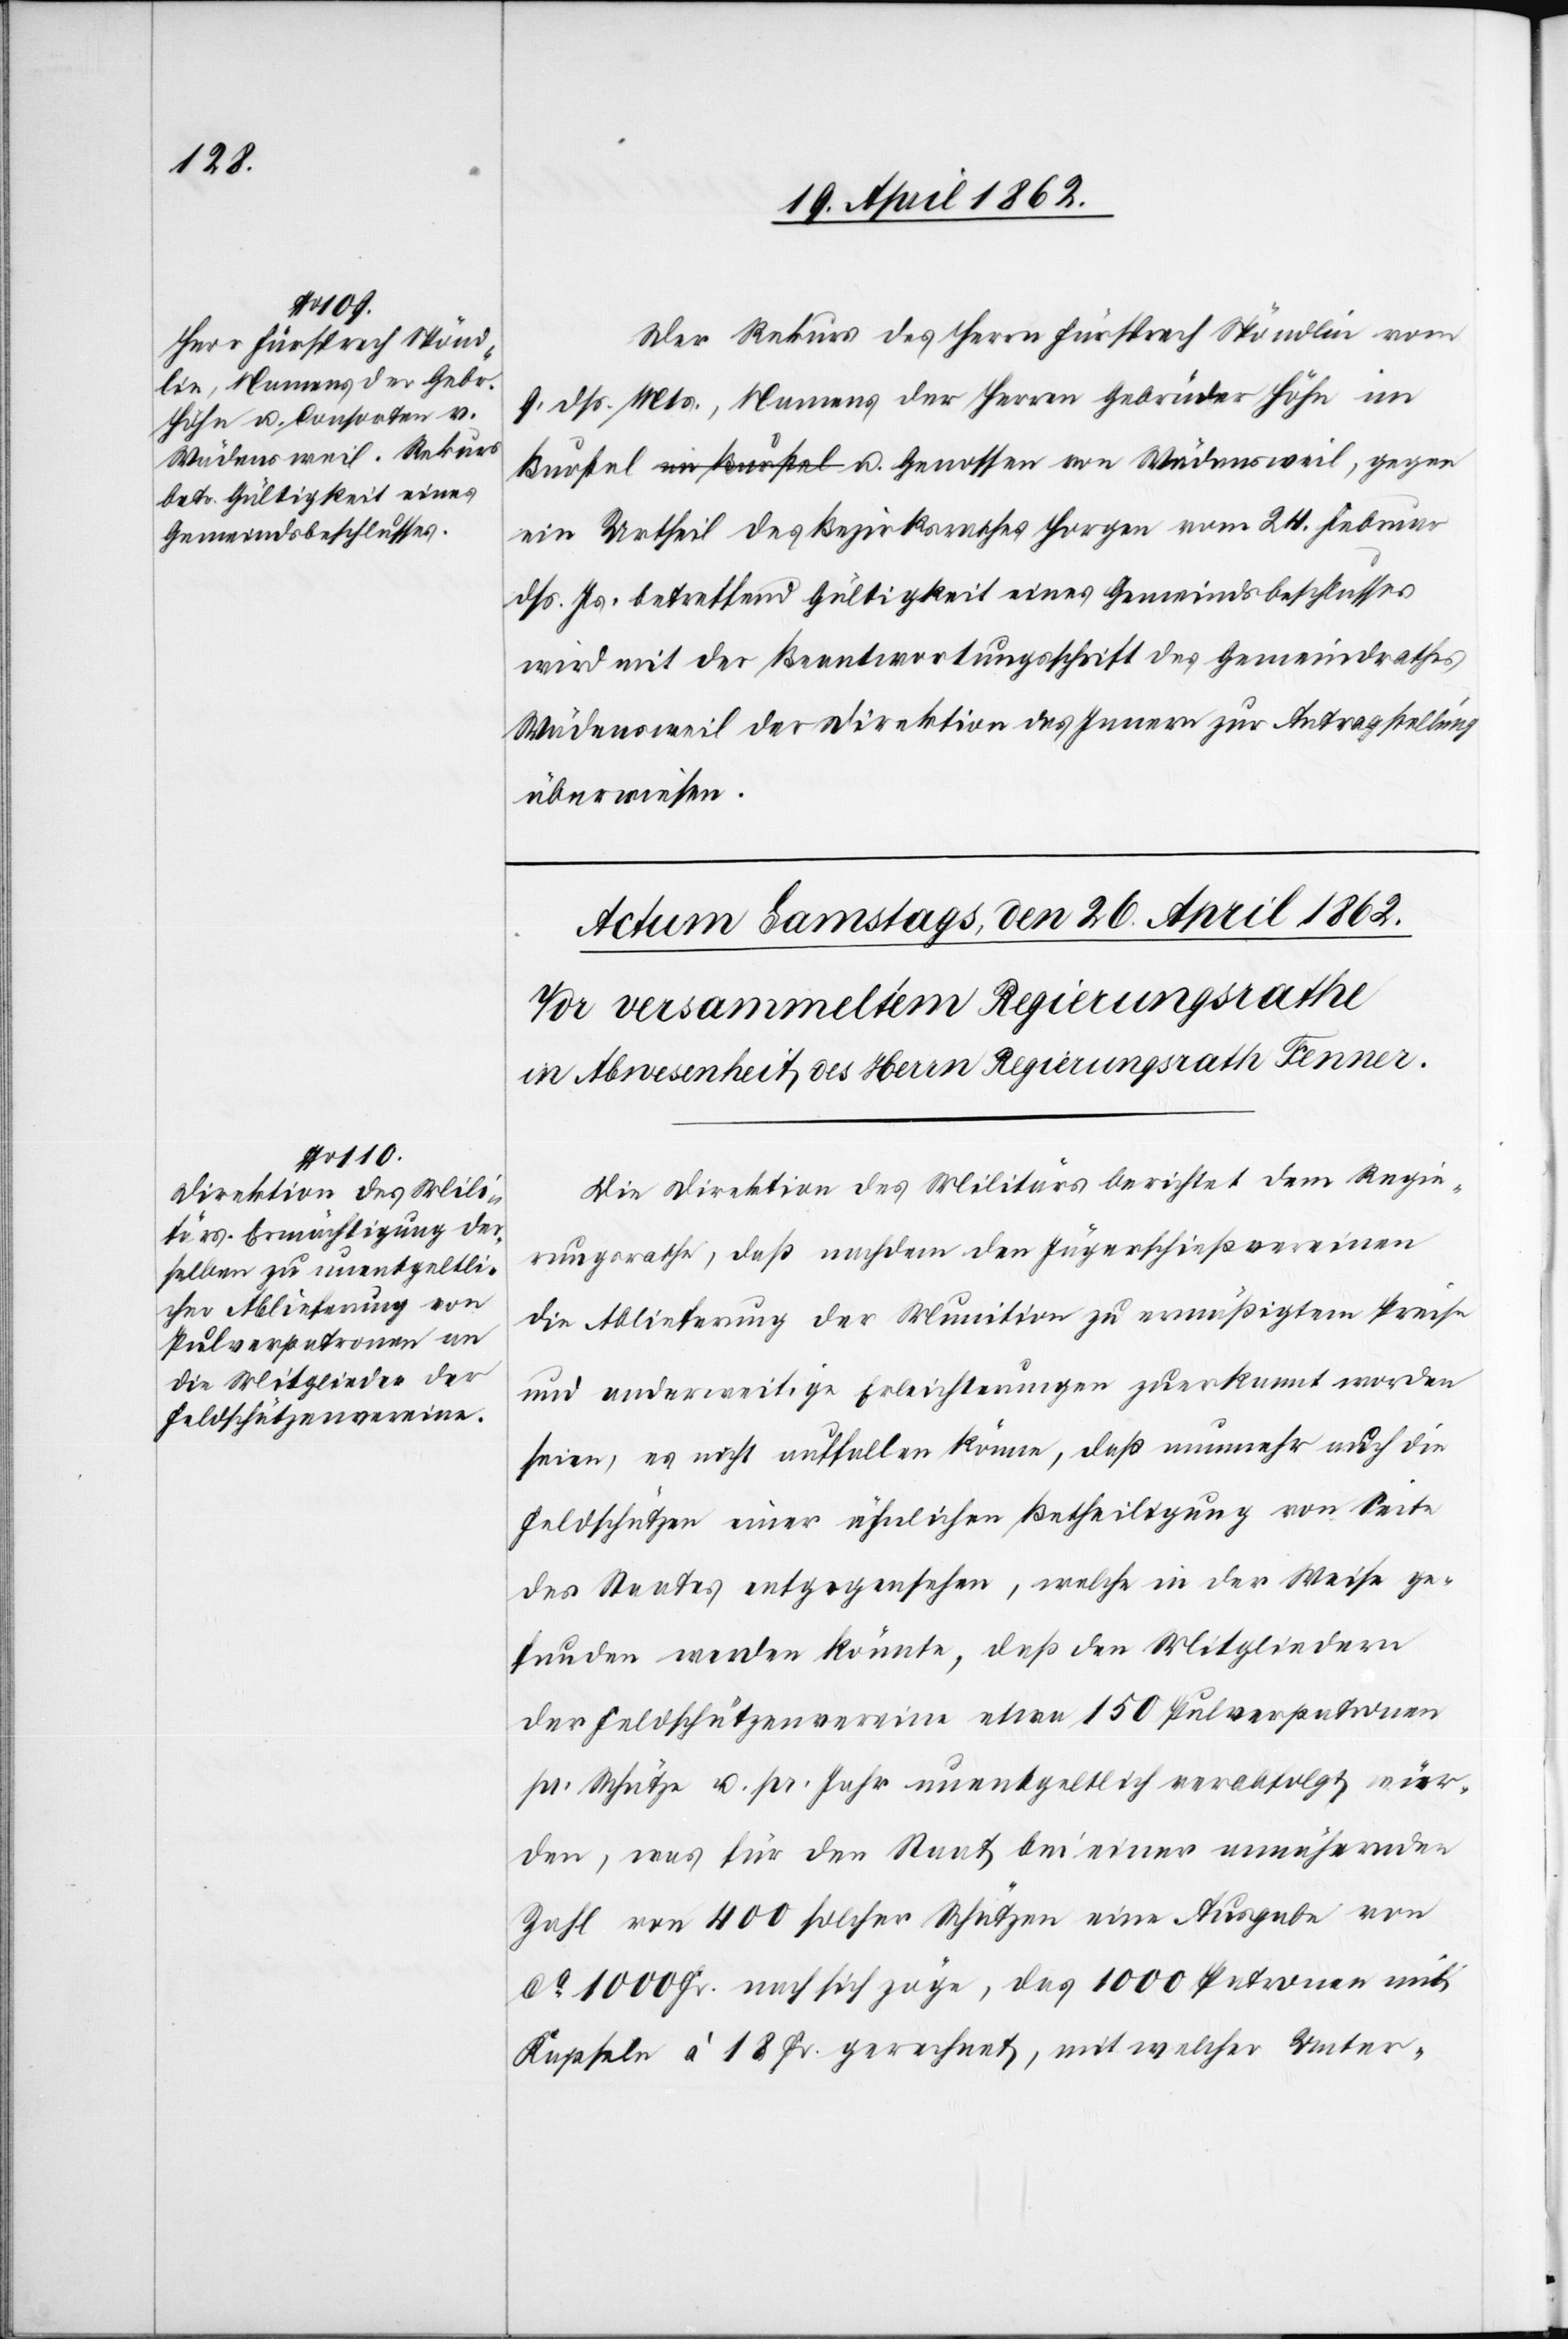
25. April 1862.]
Der Rekurs des Herrn Fürsprech Spöndlin vom
9. dß. Mts., Namens der Herren Gebrüder Höhn im
ein Urheil des Bezirksrathes Horgen vom 24. Februar
dß. Js. betreffend Gültigkeit eines Gemeindsbeschlusses
wird mit der Beantwortungsschrift des Gemeindrathes
Wädensweil der Direktion des Innern zur Antragstellung
überwiesen.
Die Direktion des Militärs berichtet dem Regie¬
rungsrathe, daß nachdem den Jägerschießvereinen
die Ablieferung der Munition zu ermäßigtem Preise
und anderweitige Erleichterungen zuerkannt worden
seien, es nicht auffallen könne, daß nunmehr auch die
Feldschützen einer ähnlichen Betheiligung von Seite
des Staates entgegensehen, welche in der Weise ge¬
funden werden könnte, daß den Mitgliedern
der Feldschützenvereine etwa 150 Pulverpatronen
pr. Schütze u. pr. Jahr unentgeltlich verabfolgt wür¬
den, was für den Staat bei einer annähernden
Zahl von 400 solcher Schützen eine Ausgabe von
ca. 1000 Fr. nach sich zöge, das 1000 Patronen mit
Kapseln à 18 Fr. gerechnet, mit welcher Unter-